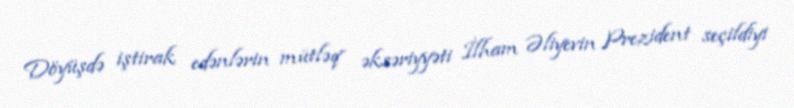
Döyüşdə iştirak edənlərin mütləq əksəriyyəti İlham Əliyevin Prezident seçildiyi